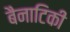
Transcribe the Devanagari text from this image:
बैनाटिकी